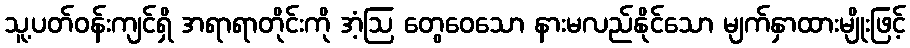
သူ့ပတ်ဝန်းကျင်ရှိ အရာရာတိုင်းကို အံ့ဩ တွေဝေသော နားမလည်နိုင်သော မျက်နှာထားမျိုးဖြင့်